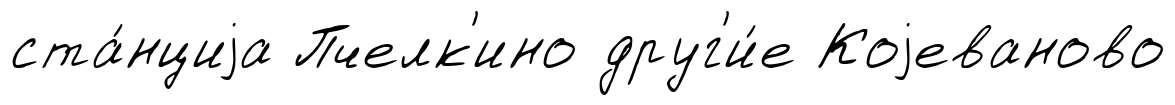
ста́нциjа Пчелк'ино друг'и́е Коjеваново